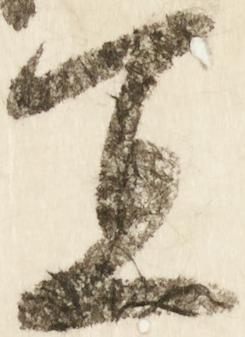
宜